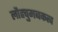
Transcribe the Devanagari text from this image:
लौहचुमबकत्व